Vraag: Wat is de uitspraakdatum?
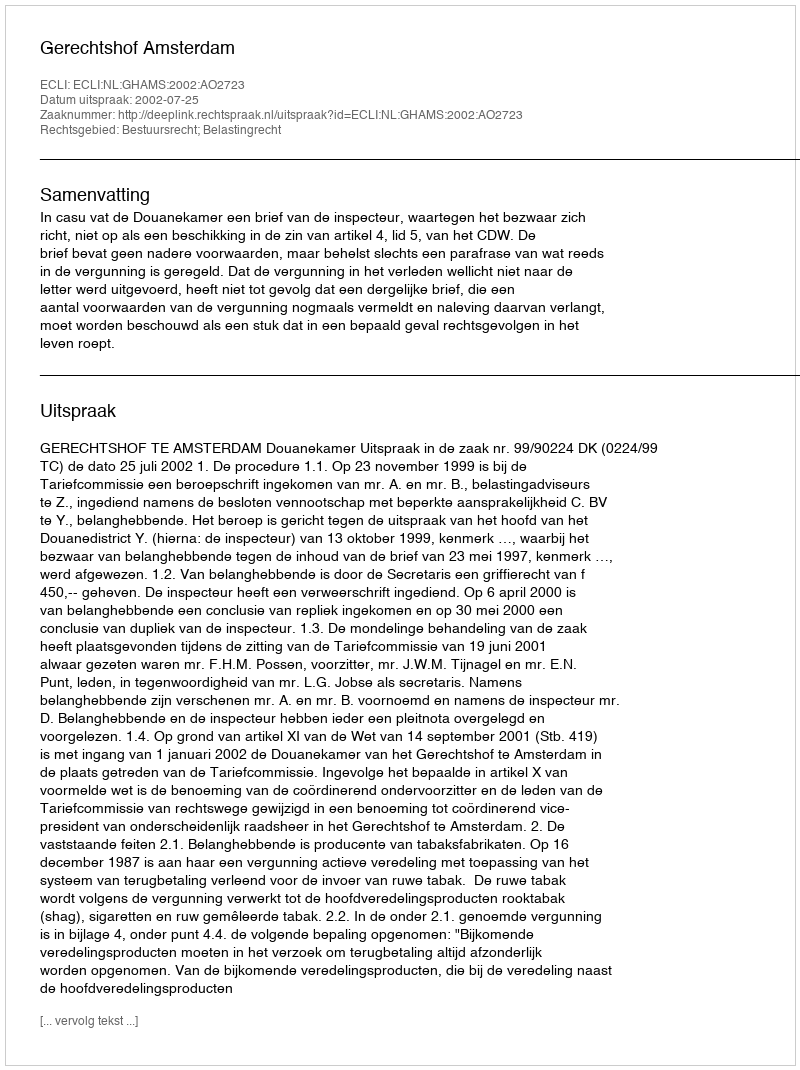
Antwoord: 2002-07-25